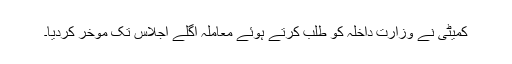
کمیٹی نے وزارت داخلہ کو طلب کرتے ہوئے معاملہ اگلے اجلاس تک موخر کردیا۔